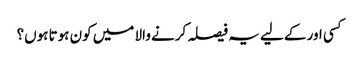
کسی اور کے لیے یہ فیصلہ کرنے والا میں کون ہوتا ہوں؟